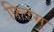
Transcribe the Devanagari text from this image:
फिटस्‌